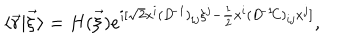
LaTeX: \langle \vec { r } | \vec { \xi } \rangle = H ( \vec { \xi } ) e ^ { i [ \sqrt { 2 } x ^ { i } ( D ^ { \! - 1 } ) _ { i j } \xi ^ { j } - \frac { 1 } { 2 } x ^ { i } ( D ^ { \! - 1 } \! C ) _ { i j } x ^ { j } ] } ,